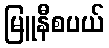
မြူနီစပယ်